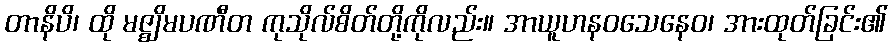
တာနိပိ၊ ထို မဇ္ဈိမပဏီတ ကုသိုလ်စိတ်တို့ကိုလည်း။ အာယူဟနဝသေနေဝ၊ အားထုတ်ခြင်း၏